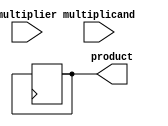
module BoothMultiplier (
    input signed [7:0] multiplicand,
    input signed [7:0] multiplier,
    output reg signed [15:0] product
);

reg [7:0] A_reg, Q_reg;
reg [2:0] count;

always @ (posedge clk) begin
    A_reg <= multiplicand;
    Q_reg <= multiplier;
    
    if (Q_reg[0] & ~Q_reg[7]) begin
        A_reg <= A_reg + multiplicand;
    end else if (~Q_reg[0] & Q_reg[7]) begin
        A_reg <= A_reg - multiplicand;
    end
    
    count <= count + 1;
    
    if (count == 8) begin
        product <= {A_reg, Q_reg};
    end else begin
        Q_reg <= {Q_reg[8], Q_reg[7:1]};
    end
end

endmodule